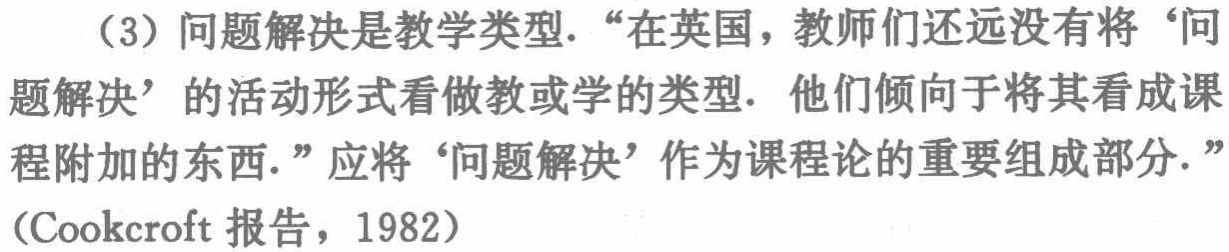
（3）问题解决是教学类型.“在英国，教师们还远没有将‘问题解决’的活动形式看做教或学的类型. 他们倾向于将其看成课程附加的东西.”应将‘问题解决’作为课程论的重要组成部分.”（Cookcroft 报告，1982）